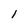
Character: l